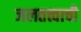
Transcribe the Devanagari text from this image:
जलतत्त्वाची